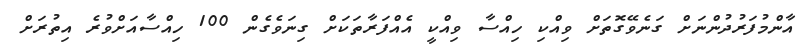
އާންމުފަރުދުންނަށް ގަނެވޭގޮތަށް ވިއްކި ހިއްސާ ވިއްކީ އެއްފަރާތަކަށް ގިނަވެގެން 100 ހިއްސާއަށްވުރެ އިތުރަށް